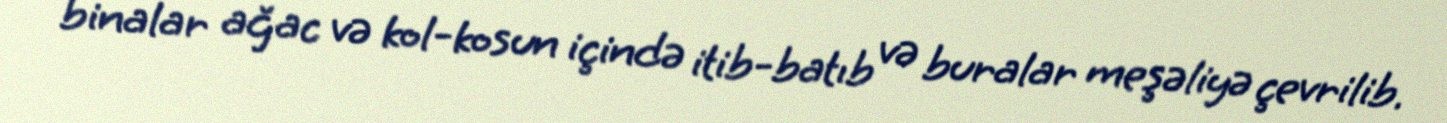
binalar ağac və kol-kosun içində itib-batıb və buralar meşəliyə çevrilib.